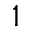
_ { 1 }